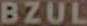
BZUL